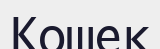
Кошек